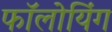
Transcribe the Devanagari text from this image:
फॉलोयिंग